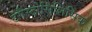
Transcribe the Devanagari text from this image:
टंगैस्टोसिलिसिक